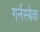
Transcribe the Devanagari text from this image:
गर्नस्बेक